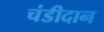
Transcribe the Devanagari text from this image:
चंडीदान